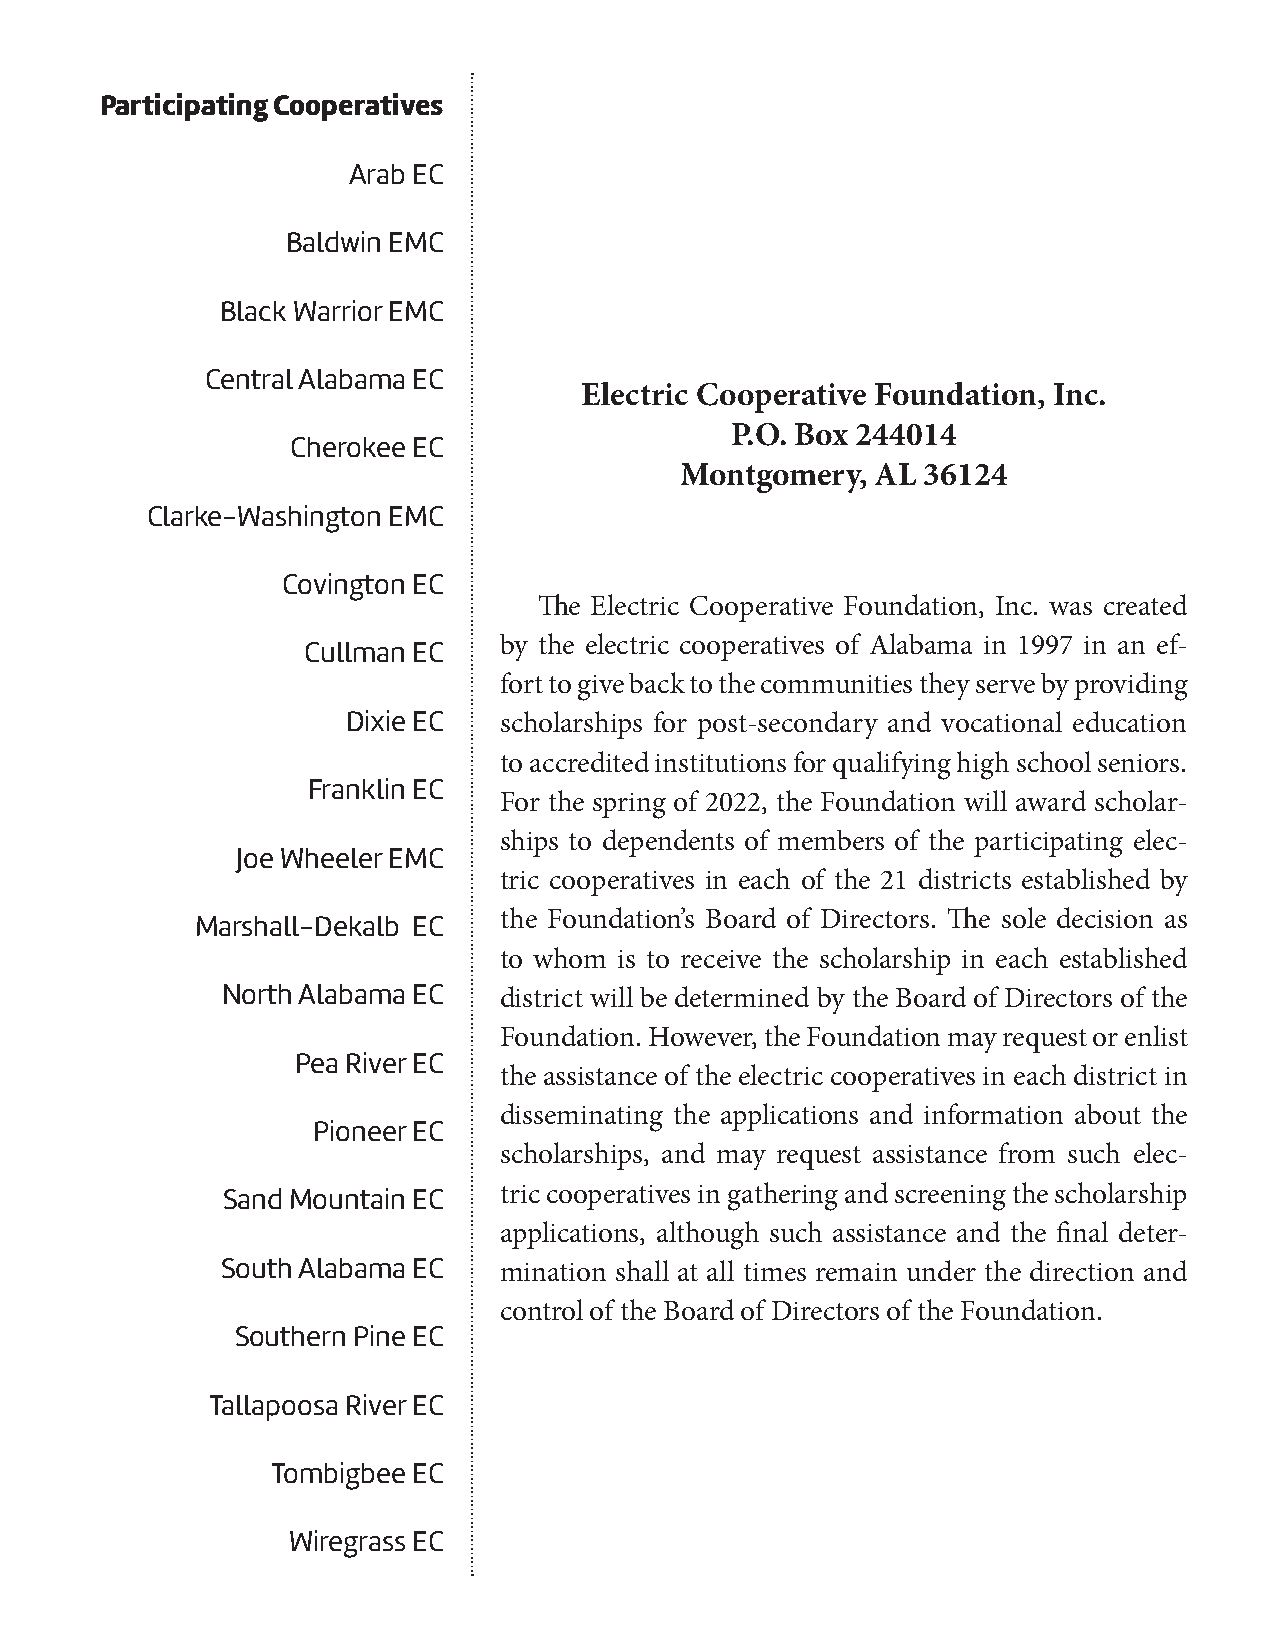
Participating Cooperatives
 Arab EC
 Baldwin EMC
 Black Warrior EMC
 Central Alabama EC
 Electric Cooperative Foundation, Inc.
 P.O. Box 244014
 Cherokee EC
 Montgomery,  AL 36124
 Clarke-Washington EMC
 Covington EC
 The Electric Cooperative Foundation, Inc. was created
 Cullman EC   by the electric cooperatives of Alabama in 1997 in an ef-
 fort to give back to the communities they serve by providing
 Dixie EC  scholarships for post-secondary and vocational education
 to accredited institutions for qualifying high school seniors.
 Franklin EC
 For the spring of 2022, the Foundation will award scholar-
 ships to dependents of members of the participating elec-
 Joe Wheeler EMC
 tric cooperatives in each of the 21 districts established by
 Marshall-Dekalb EC  the Foundation’s Board of Directors. The sole decision as
 to whom is to receive the scholarship in each established
 North Alabama EC  district will be determined by the Board of Directors of the
 Foundation. However, the Foundation may request or enlist
 Pea River EC
 the assistance of the electric cooperatives in each district in
 disseminating the applications and information about the
 Pioneer EC
 scholarships, and may request assistance from such elec-
 Sand Mountain EC  tric cooperatives in gathering and screening the scholarship
 applications, although such assistance and the final deter-
 South Alabama EC  mination shall at all times remain under the direction and
 control of the Board of Directors of the Foundation.
 Southern Pine EC
 Tallapoosa River EC
 Tombigbee EC
 Wiregrass EC